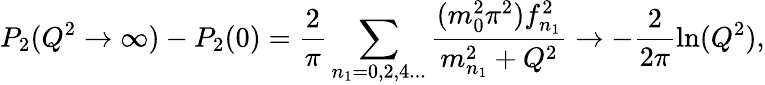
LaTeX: P_{2}(Q^{2}\rightarrow\infty)-P_{2}(0)=\frac{2}{\pi}\sum_{n_{1}=0,2,4...}\frac{(m_{0}^{2}\pi^{2})f_{n_{1}}^{2}}{m_{n_{1}}^{2}+Q^{2}}\rightarrow-\frac{2}{2\pi}\ln(Q^{2}),